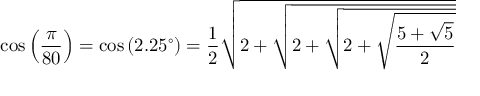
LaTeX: \cos \left( { \frac { \pi } { 8 0 } } \right) = \cos \left( 2 . 2 5 ^ { \circ } \right) = { \frac { 1 } { 2 } } { \sqrt { 2 + { \sqrt { 2 + { \sqrt { 2 + { \sqrt { \frac { 5 + { \sqrt { 5 } } } { 2 } } } } } } } } }